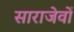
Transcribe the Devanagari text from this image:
साराजेवों